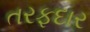
તરફદાર